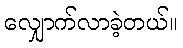
လျှောက်လာခဲ့တယ်။